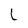
Character: L